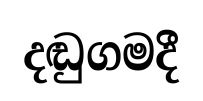
දඬුගමදී